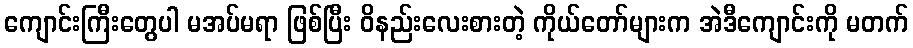
ကျောင်းကြီးတွေပါ မအပ်မရာ ဖြစ်ပြီး ဝိနည်းလေးစားတဲ့ ကိုယ်တော်များက အဲဒီကျောင်းကို မတက်